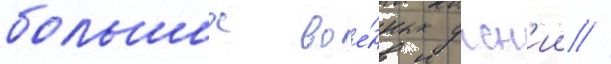
больших вое́нных учен'ии //